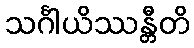
သင်္ဂါယိဿန္တီတိ